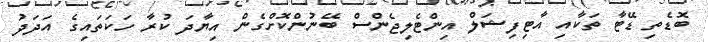
ބޮޑެތި ޑޭޓާ ތަކާއި އާޓިފިޝަލް އިންޓެލިޖެންސް ބޭނުންކޮށްގެން އިޔާދަ ކުރާ ހަކަތައިގެ އަދަދު